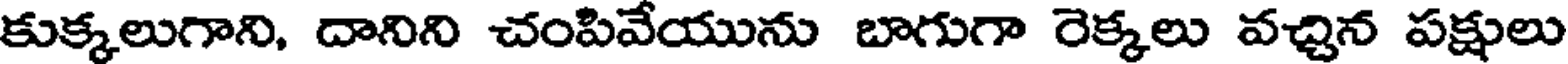
కుక్కలుగాని, దానిని చంపివేయును బాగుగా రెక్కలు వచ్చిన పక్షులు